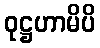
ဝုဋ္ဌဟာမိပိ